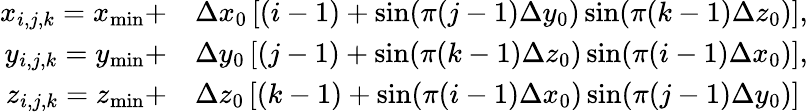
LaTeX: \begin{array}{rl}{x_{i,j,k}=x_{\operatorname*{min}}+}&{\Delta x_{0}\left[(i-1)+\sin(\pi(j-1)\Delta y_{0})\sin(\pi(k-1)\Delta z_{0})\right],}\\ {y_{i,j,k}=y_{\operatorname*{min}}+}&{\Delta y_{0}\left[(j-1)+\sin(\pi(k-1)\Delta z_{0})\sin(\pi(i-1)\Delta x_{0})\right],}\\ {z_{i,j,k}=z_{\operatorname*{min}}+}&{\Delta z_{0}\left[(k-1)+\sin(\pi(i-1)\Delta x_{0})\sin(\pi(j-1)\Delta y_{0})\right]}\end{array}